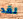
لقد